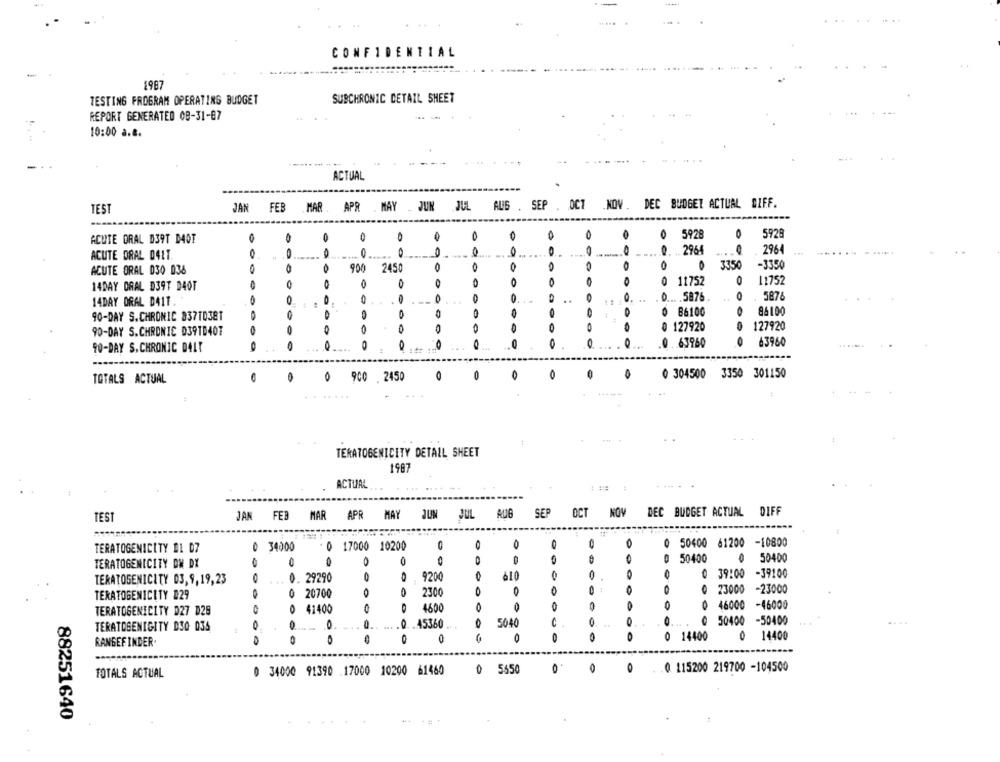
CONFIDENT
AL
..
1987
SUBCHRONIC DETAIL SHEET
TESTING PROGRAM OPERATING BUDGET
REPORT GENERATED 08-31-87
-
10:00 a.&.
---
ACTUAL
.NOV . DEC BUDGET ACTUAL DIFF.
TEST
JAN FEB MAR. APR .MAY . JUN JUL AUG . SEP . OCT
0
O
0
O
O
0
5928
5929
ACUTE ORAL D39T D4OF
0
2964
2964
ACUTE ORAL 0411.
...
0
0
3350
-3350
ACUTE ORAL 030 036
900
2450
0
0
O
0 11752
0
11752
14DAY ORAL D39T D4OF
0.
0 ... . 5876.
0
5876
14DAY ORAL DA1T.
0
0
0 86100
86100
90-DAY S.CHRONIC 837TD38T
O
0 127920
0
127920
90-DAY S.CHRONIC D39TD40T
0
0
0
0 . 63960
63960
90-DAY S.CHRONIC DALT
0
0 304500 3350 301150
TOTALS ACTUAL
O
900 . 2450
O
......
TERATOGENICITY DETALL SHEET
1987
ACTUAL
TEST
JAN FEB MAR APR MAY JUN JUL AUG
SEP
OCT NOV DEC BUDGET ACTUAL DIFF
0
TERATOGENICITY 01 07
34000
0 17000 10200
0
0
50400 61200 -10800
TERATOGENICITY DW DX
0
50400
50400
0. 29290
9200
0
610
0 39:00
-39100
TERATOGENICITY 03,9,19,23
0
20700
2300
O
23000
-23000
TERATOGENICITY #29
41400
4600
0
0
46000
-46000
TERATOGENICITY D27 D29
0
0
0.
.45360
0
5040
50400
-50400
TERATOGENICITY DSO 036
0
14400
O
14400
RANGEFINDER
0 5650
0 115200 219700 -104500
TOTALS ACTUAL
0 34000 91390 17000 10200 61460
88251640